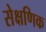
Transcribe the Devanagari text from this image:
सेक्षणिक